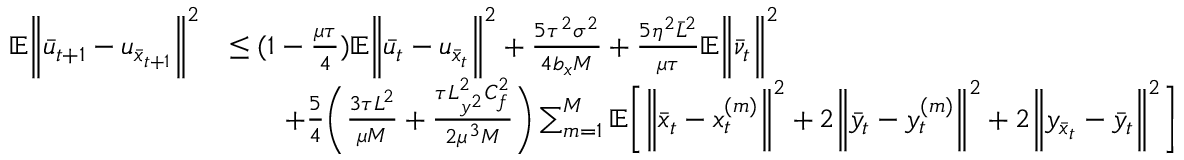
\begin{array} { r l } { \mathbb { E } \bigg \| \bar { u } _ { t + 1 } - u _ { \bar { x } _ { t + 1 } } \bigg \| ^ { 2 } } & { \leq ( 1 - \frac { \mu \tau } { 4 } ) \mathbb { E } \bigg \| \bar { u } _ { t } - u _ { \bar { x } _ { t } } \bigg \| ^ { 2 } + \frac { 5 \tau ^ { 2 } \sigma ^ { 2 } } { 4 b _ { x } M } + \frac { 5 \eta ^ { 2 } \bar { L } ^ { 2 } } { \mu \tau } \mathbb { E } \bigg \| \bar { \nu } _ { t } \bigg \| ^ { 2 } } \\ & { \qquad + \frac { 5 } { 4 } \bigg ( \frac { 3 \tau L ^ { 2 } } { \mu M } + \frac { \tau L _ { y ^ { 2 } } ^ { 2 } C _ { f } ^ { 2 } } { 2 \mu ^ { 3 } M } \bigg ) \sum _ { m = 1 } ^ { M } \mathbb { E } \bigg [ \bigg \| \bar { x } _ { t } - x _ { t } ^ { ( m ) } \bigg \| ^ { 2 } + 2 \bigg \| \bar { y } _ { t } - y _ { t } ^ { ( m ) } \bigg \| ^ { 2 } + 2 \bigg \| y _ { \bar { x } _ { t } } - \bar { y } _ { t } \bigg \| ^ { 2 } \bigg ] } \end{array}